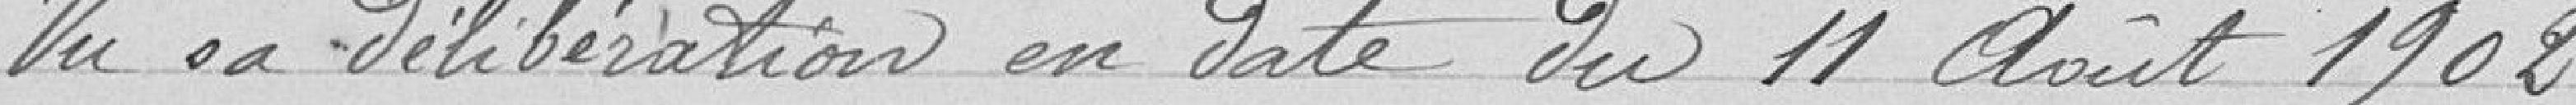
Vu sa délibération en date du 11 Août 1902